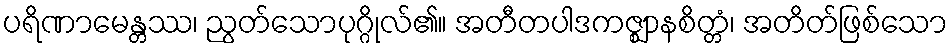
ပရိဏာမေန္တဿ၊ ညွတ်သောပုဂ္ဂိုလ်၏။ အတီတပါဒကဇ္ဈာနစိတ္တံ၊ အတိတ်ဖြစ်သော